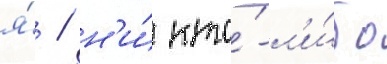
я́ / н'и́ кто́-л'и́бо